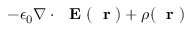
- \epsilon _ { 0 } \nabla \cdot \mathrm { ~ \bf ~ E ~ } ( \mathrm { ~ \bf ~ r ~ } ) + \rho ( \mathrm { ~ \bf ~ r ~ } )